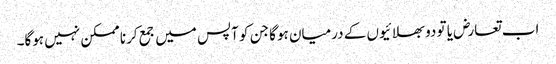
اب تعارض یا تو دو بھلائیوں کے درمیان ہوگا جن کو آپس میں جمع کرنا ممکن نہیں ہوگا۔